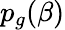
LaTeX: p_{g}(\beta)